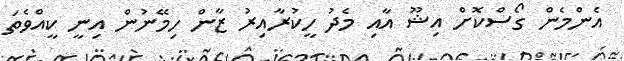
އެންމެން ގޯސްކޮށް އިޝޫ އާއި މެދު ހީކުރާއިރު ޒާން ހިމޭނުން އިނީ ކީއްވެތަ